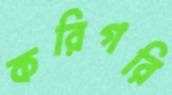
করিগরি